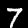
Label: 7